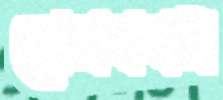
শোভাযাত্রাটা